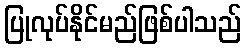
ပြုလုပ်နိုင်မည်ဖြစ်ပါသည်